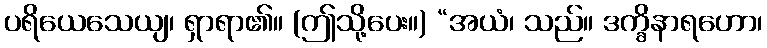
ပရိယေသေယျ၊ ရှာရာ၏။ (ဤသို့ပေး။) “အယံ၊ သည်။ ဒက္ခိနာရဟော၊